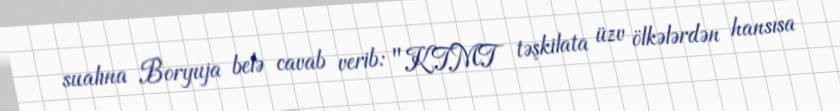
sualına Boryuja belə cavab verib: "KTMT təşkilata üzv ölkələrdən hansısa